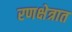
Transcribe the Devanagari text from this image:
रणक्षेत्रात